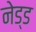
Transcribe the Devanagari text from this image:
नेड्ड